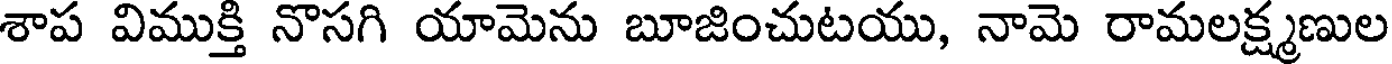
శాప విముక్తి నొసగి యామెను బూజించుటయు, నామె రామలక్ష్మణుల